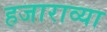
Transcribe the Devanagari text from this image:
हजाराव्या